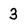
Character: 3